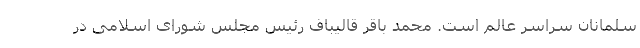
سلمانان سراسر عالم است. محمد باقر قالیباف رئیس مجلس شورای اسلامی در